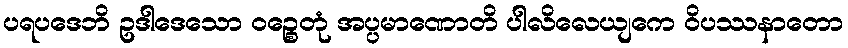
ပရပဒေဘိ ဥဒါဒေသော ဝဉ္စေတုံ အပ္ပမာဏောတိ ပါလိလေယျကေ ဝိပဿနာတော